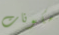
مكونات